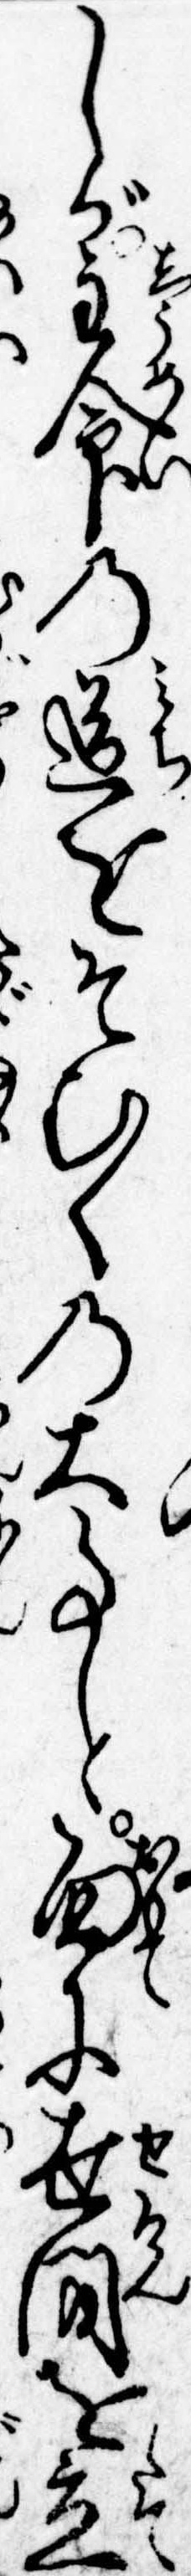
しが主命の道をそむくの大事と面に世間を立